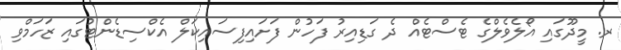
ރ. މީދޫގައި އޯލެވެލްގެ ޓެސްޓެއް ދެ ގަޑިއިރު ފަހުން ފަށައިފިސައިކަލް އެކްސިޑެންޓުގައި ޒަހަމްވި